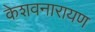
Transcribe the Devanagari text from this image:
केशवनारायण